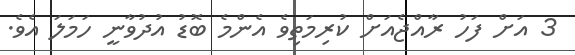
3 އަށް ފަހު ރާއްޖެއަށް ކުރިމަތިވެ އެންމެ ބޮޑު އުދުވާނީ ހަމަލަަ އެވެ.